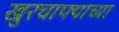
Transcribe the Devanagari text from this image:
खुरचाफ्याच्या